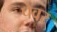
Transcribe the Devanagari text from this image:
पेवर